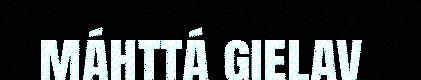
máhttá gielav